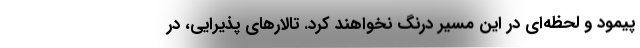
پیمود و لحظه‌ای در این مسیر درنگ نخواهند کرد. تالارهای پذیرایی، در